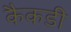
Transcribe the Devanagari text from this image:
कैकडी